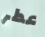
عطر